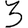
Digit: 3